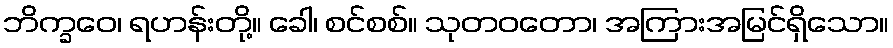
ဘိက္ခဝေ၊ ရဟန်းတို့။ ခေါ၊ စင်စစ်။ သုတဝတော၊ အကြားအမြင်ရှိသော။